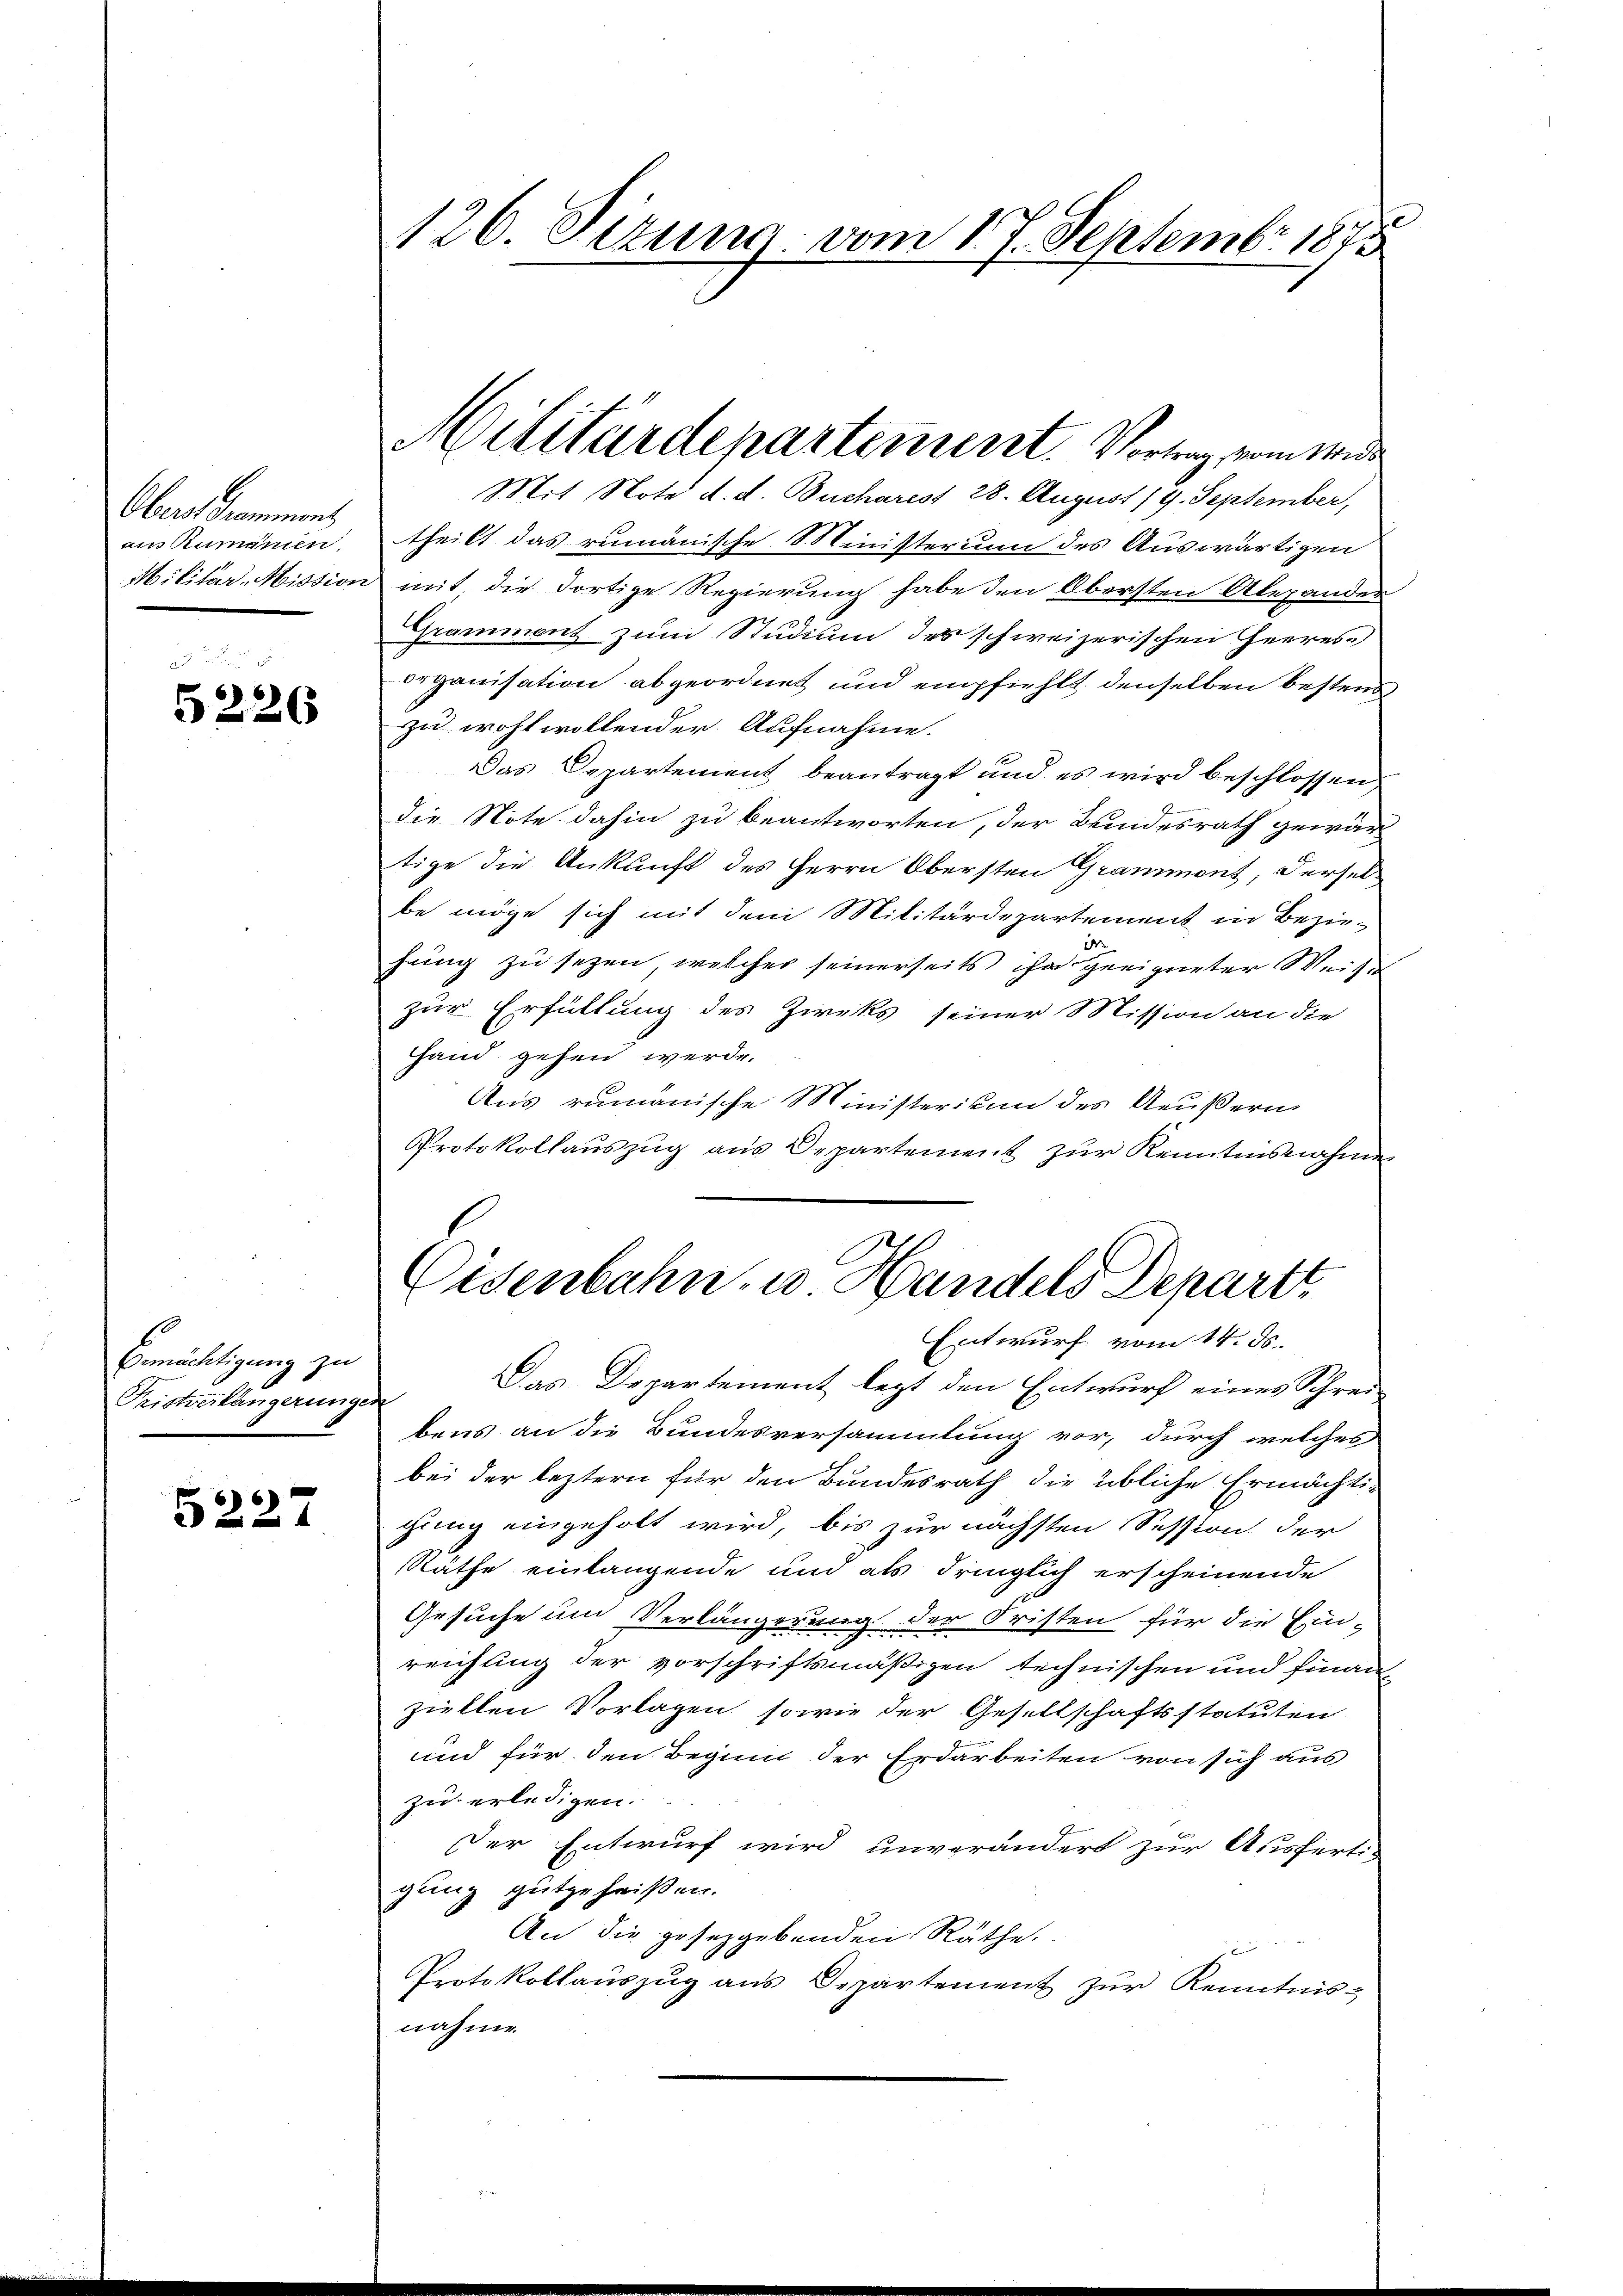
Obers Decomment
ain Rumainen
Militar-Mission

5226

Gemächtigung zu
Fristverlängerunge

5227

126. Sizung vom 17. Septembr 1873

Mit Note d. d. Bucharest 28. August 19. September,
theilt das rumänische Ministerium des Auswärtigen
mit, die dortige Regierung habe den Obersten Alexanden
Gramment zum Studium des schweizerischen Heeres
de ganisation abgeordnet und empfiehlt denselben bestens
zu wohl wollender Aufnahme.
Das Departement beantragt und es wird beschlossen,
die Note dahin zu beantworten, der Kindesrath gewärtige die Ankunft des Herrn Obersten Grammont, derselbe möge sich mit dem Militärdepartement in Bezir¬
1
hring zu sezen, welcher seinerseits ihn geeigneter Weise
zur Erfüllung des Zieks seiner Mission an die
Hand gehen werde.
Aus rumänische Ministerision des Aeußern
Protokollauszug aus Departement zur Kenntnisnahme
Eisenbahn u. Handels Depart
Entwurf vom 14. ds.
Das Departement lezt den Entwurf eines Schreif
bens an die Bundesversammlung vor, durch welches
bei der leztern für den Bundesrath die übliche Ermächtigung eingeholt wird, bis zur nächsten Session der
Räthe einlangende und als dringlich erscheinende
Gesuche um Verlängerung der Fristen für die Ein-
reichling der vorschriftsmäßigen technischen und finanziellen Vorlagen, sowie der Gesellschaftsstatuten
und für den Beginn der Erdarbeiten von sich aus
zu erledigen.
Der Entwurf wird unverändert zur Ausferti-
gung gutgeheißen.
An die gesetzgebenden Räthe.
Protokollauszug aus Departement zur Kenntnisnahme

Militärdepartement. Vortrag vom Wide